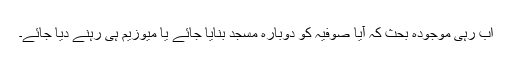
اب رہی موجودہ بحث کہ آیا صوفیہ کو دوبارہ مسجد بنایا جائے یا میوزیم ہی رہنے دیا جائے۔